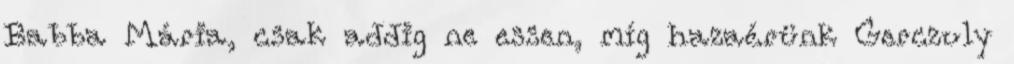
Babba Mária, csak addig ne essen, míg hazaérünk Gerczuly